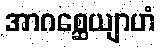
အာဂစ္ဆေယျာဟံ